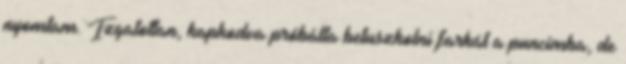
nyomtam. Izgatottan, kapkodva próbálta betuszkolni farkát a puncimba, de